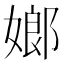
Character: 嫏